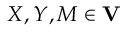
X , Y , M \in \mathbf { V }